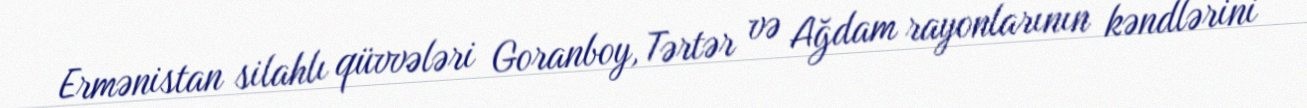
Ermənistan silahlı qüvvələri Goranboy, Tərtər və Ağdam rayonlarının kəndlərini